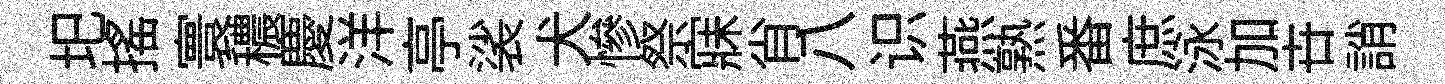
圯摇寰穠慶洋亭裟犬慘祭寐肖八识燕熟番庶泳加卋誚